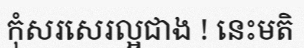
កុំសរសេរល្អជាង ! នេះមតិ